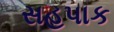
સહપાક